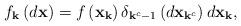
LaTeX: \begin{align*}f_{\mathbf{k}}\left(d\mathbf{x}\right)=f\left(\mathbf{x}_{\mathbf{k}}\right)\delta_{\mathbf{k}^{c}-1}\left(d\mathbf{x}_{\mathbf{k}^{c}}\right)d\mathbf{x}_{\mathbf{k}},\end{align*}